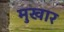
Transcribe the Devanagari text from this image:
मुखार